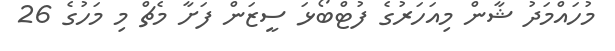
މުހައްމަދު ޝާން މިއަހަރުގެ ފުޓްބޯޅަ ސީޒަން ފަށާ މެޗް މި މަހުގެ 26